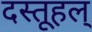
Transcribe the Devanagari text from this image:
दस्तूहल्